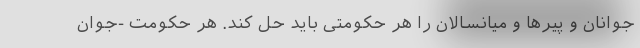
جوانان و پیرها و میانسالان را هر حکومتی باید حل کند. هر حکومت -جوان